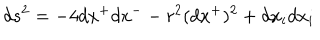
d s ^ { 2 } = - 4 d x ^ { + } d x ^ { - } - r ^ { 2 } ( d x ^ { + } ) ^ { 2 } + d x _ { i } d x _ { i }